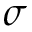
\sigma